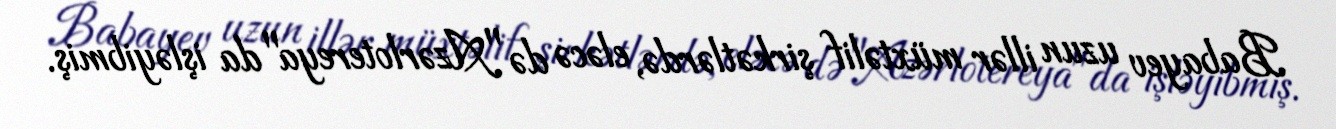
Babayev uzun illər müxtəlif şirkətlərdə, eləcə də "Azərlotereya"da işləyibmiş.